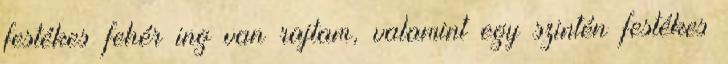
festékes fehér ing van rajtam, valamint egy szintén festékes